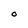
Character: O